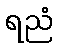
ရညံ